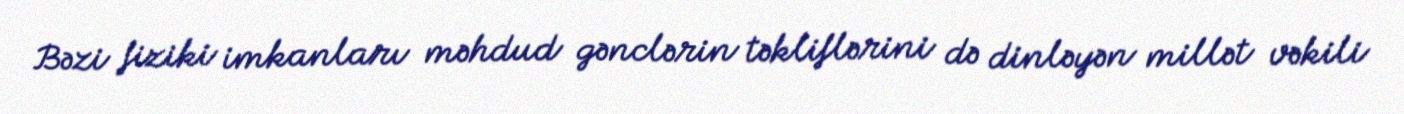
Bəzi fiziki imkanları məhdud gənclərin təkliflərini də dinləyən millət vəkili